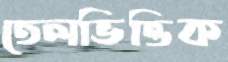
তেলভিত্তিক